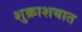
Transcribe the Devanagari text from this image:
शुक्राशयात